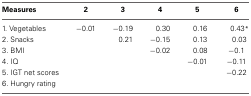
| Measures | 2 | 3 | 4 | 5 | 6 |
 | --- | --- | --- | --- | --- | --- |
 | 1. Vegetables | −0.01 | −0.19 | 0.30 | 0.16 | 0.43* |
 | 2. Snacks |  | 0.21 | −0.15 | 0.13 | 0.03 |
 | 3. BMI |  |  | −0.02 | 0.08 | −0.1 |
 | 4. IQ |  |  |  | −0.01 | −0.11 |
 | 5. IGT net scores |  |  |  |  | −0.22 |
 | 6. Hungry rating |  |  |  |  |  |